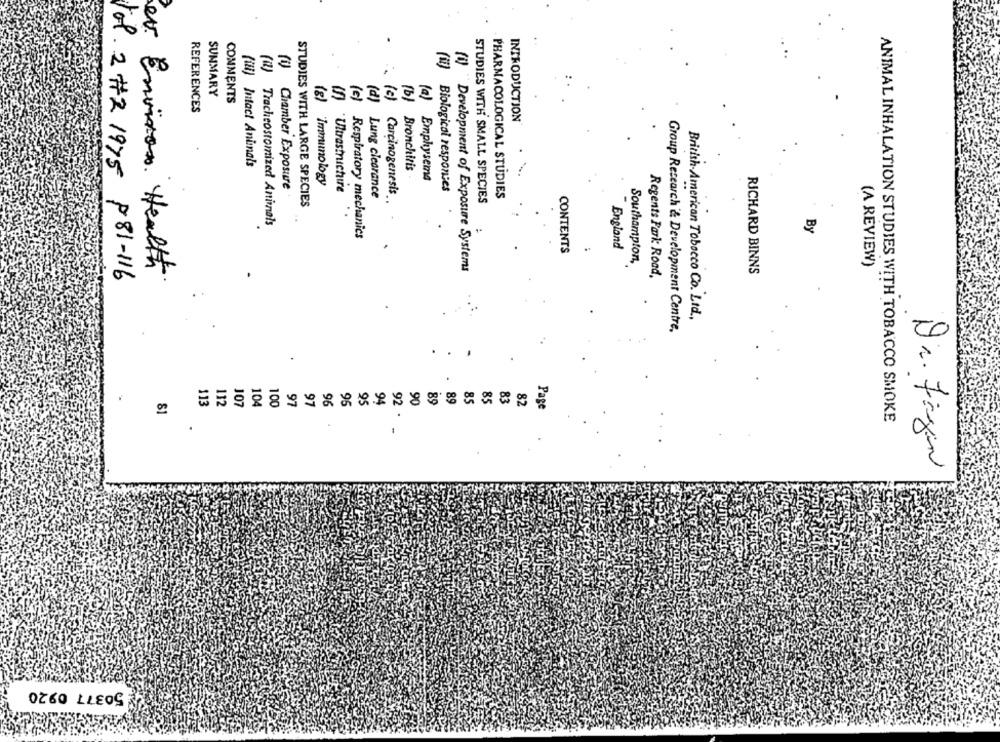
SUMMARY
COMMENTS
(c)
(c)
REFERENCES
INTRODUCTION
(ii) Intact Aninals
Bronchitis
(a) Emphysema
(V) Chamber Exposure
(g) Immunology
Lung clearance
Carcinogenesis
Biological responses
PHARMACOLOGICAL STUDIES
STUDIES WITH SMALL SPECIES
STUDIES WITH LARGE SPECIES
(il) Tracheostomized Animals
By
Respiratory mechanics
CONTENTS
England
(i) "Development of Exposure Systems
Southampton,
(A REVIEW)
Regents Park Road,
RICHARD BINNS
tol. 2 #2 1975 P81- 116
ev Environ Health
British American Tobacco Co. Ltd .,
Group Research & Development Centre,
.
. .
89
89
85
85
83
Pag
113
112
107
104
100
97
97
96
95
95
94
82
81
ANIMAL INHALATION STUDIES WITH TOBACCO SMOKE
Dr. fagen
50377 0920